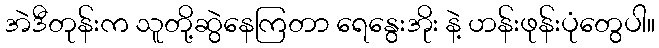
အဲဒီတုန်းက သူတို့ဆွဲနေကြတာ ရေနွေးအိုး နဲ့ ဟန်းဖုန်းပုံတွေပါ။